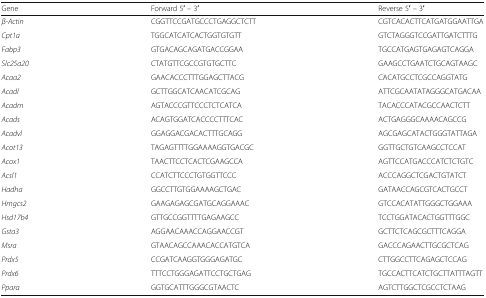
| Gene | Forward 5′ – 3′ | Reverse 5′ – 3′ |
 | --- | --- | --- |
 | β-Actin | CGGTTCCGATGCCCTGAGGCTCTT | CGTCACACTTCATGATGGAATTGA |
 | Cpt1a | TGGCATCATCACTGGTGTGTT | GTCTAGGGTCCGATTGATCTTTG |
 | Fabp3 | GTGACAGCAGATGACCGGAA | TGCCATGAGTGAGAGTCAGGA |
 | Slc25a20 | CTATGTTCGCCGTGTGCTTC | GAAGCCTGAATCTGCAGTAAGC |
 | Acaa2 | GAACACCCTTTGGAGCTTACG | CACATGCCTCGCCAGGTATG |
 | Acadl | GCTTGGCATCAACATCGCAG | ATTCGCAATATAGGGCATGACAA |
 | Acadm | AGTACCCGTTCCCTCTCATCA | TACACCCATACGCCAACTCTT |
 | Acads | ACAGTGGATCACCCCTTTCAC | ACTGAGGGCAAAACAGCCG |
 | Acadvl | GGAGGACGACACTTTGCAGG | AGCGAGCATACTGGGTATTAGA |
 | Acot13 | TAGAGTTTTGGAAAAGGTGACGC | GGTTGCTGTCAAGCCTCCAT |
 | Acox1 | TAACTTCCTCACTCGAAGCCA | AGTTCCATGACCCATCTCTGTC |
 | Acsl1 | CCATCTTCCCTGTGGTTCCC | ACCCAGGCTCGACTGTATCT |
 | Hadha | GGCCTTGTGGAAAAGCTGAC | GATAACCAGCGTCACTGCCT |
 | Hmgcs2 | GAAGAGAGCGATGCAGGAAAC | GTCCACATATTGGGCTGGAAA |
 | Hsd17b4 | GTTGCCGGTTTTGAGAAGCC | TCCTGGATACACTGGTTTGGC |
 | Gsta3 | AGGAACAAACCAGGAACCGT | GCTTCTCAGCGCTTTCAGGA |
 | Msra | GTAACAGCCAAACACCATGTCA | GACCCAGAACTTGCGCTCAG |
 | Prdx5 | CCGATCAAGGTGGGAGATGC | CTTGGCCTTCAGAGCTCCAG |
 | Prdx6 | TTTCCTGGGAGATTCCTGCTGAG | TGCCACTTCATCTGCTTATTTAGTT |
 | Pparα | GGTGCATTTGGGCGTAACTC | AGTCTTGGCTCGCCTCTAAG |